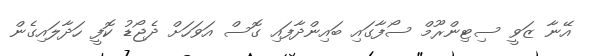
އޭނާ ޒަވީ ސިޓިންރޫމް ސޯފާގައި ބައިންދާފައި ގޮސް އަވަހަށް ދެޖޯޑު ކޮފީ ހަދާލައިގެން